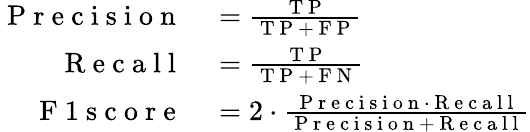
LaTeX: \begin{array}{rl}{\mathrm{~P~r~e~c~i~s~i~o~n~}}&{{}=\frac{\mathrm{~T~P~}}{\mathrm{~T~P~}+\mathrm{~F~P~}}}\\ {\mathrm{~R~e~c~a~l~l~}}&{{}=\frac{\mathrm{~T~P~}}{\mathrm{~T~P~}+\mathrm{~F~N~}}}\\ {\mathrm{~F~1~s~c~o~r~e~}}&{{}=2\cdot\frac{\mathrm{~P~r~e~c~i~s~i~o~n~}\cdot\mathrm{~R~e~c~a~l~l~}}{\mathrm{~P~r~e~c~i~s~i~o~n~}+\mathrm{~R~e~c~a~l~l~}}}\end{array}